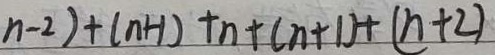
n - 2 ) + ( n + 1 ) + n + ( n + 1 ) + ( n + 2 )